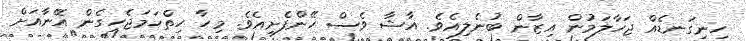
ހިނިގަނޑެއް ޖަހާލަމުން އިޒާން ބުނެލިއެވެ. އާޝާ ވެސް ހޭންފެށިއެވެ. މިހާ ހިތްހަމަޖެހިގެން އޭނާއަށް